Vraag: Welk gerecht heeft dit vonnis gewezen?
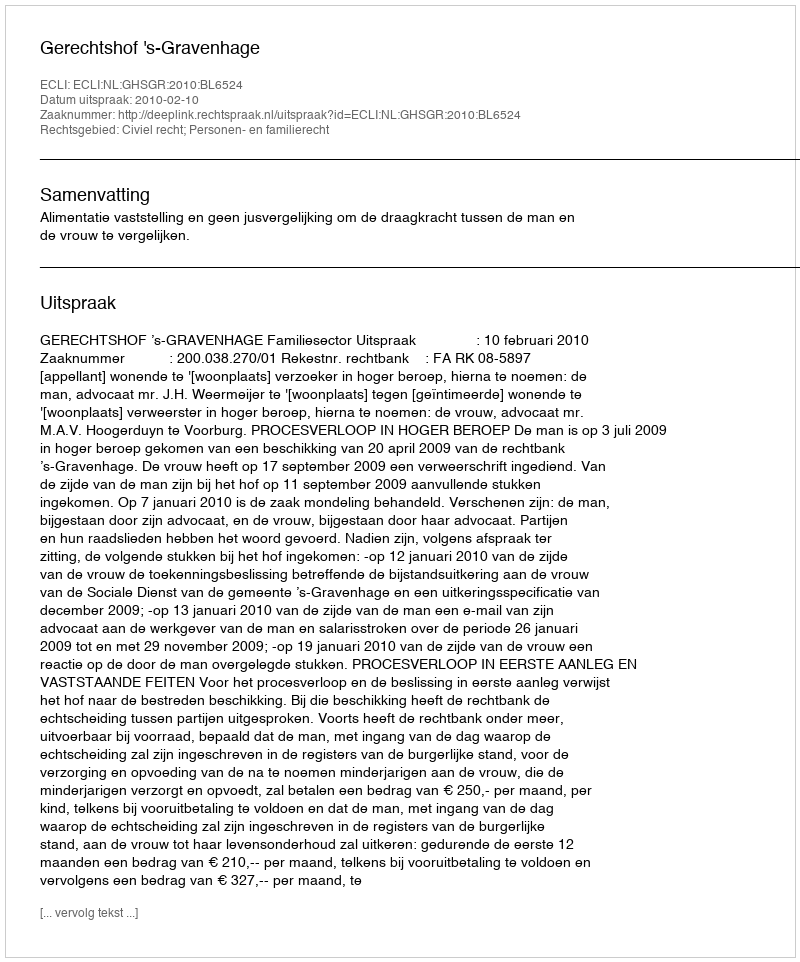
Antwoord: Gerechtshof 's-Gravenhage